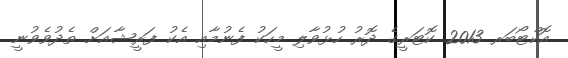
އޮކްޓޯބަރ 2013 ކޮޓަރީގެ ދޮރު ހުޅުވާލި މީހަކު ފެނުމާއި އެކު ފަރީޝާއަށް ތެދުވެވުނީ